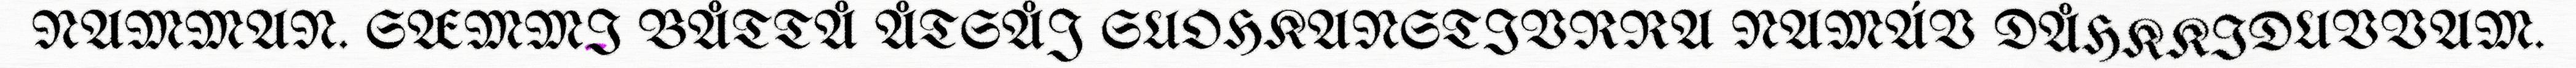
NAMMAN. SÆMMI BÅTTÅ ÅTSÅJ SUOHKANSTIVRRA NAMÁV DÅHKKIDUVVAM.